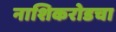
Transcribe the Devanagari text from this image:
नाशिकरोडचा